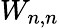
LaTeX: W_{n,n}